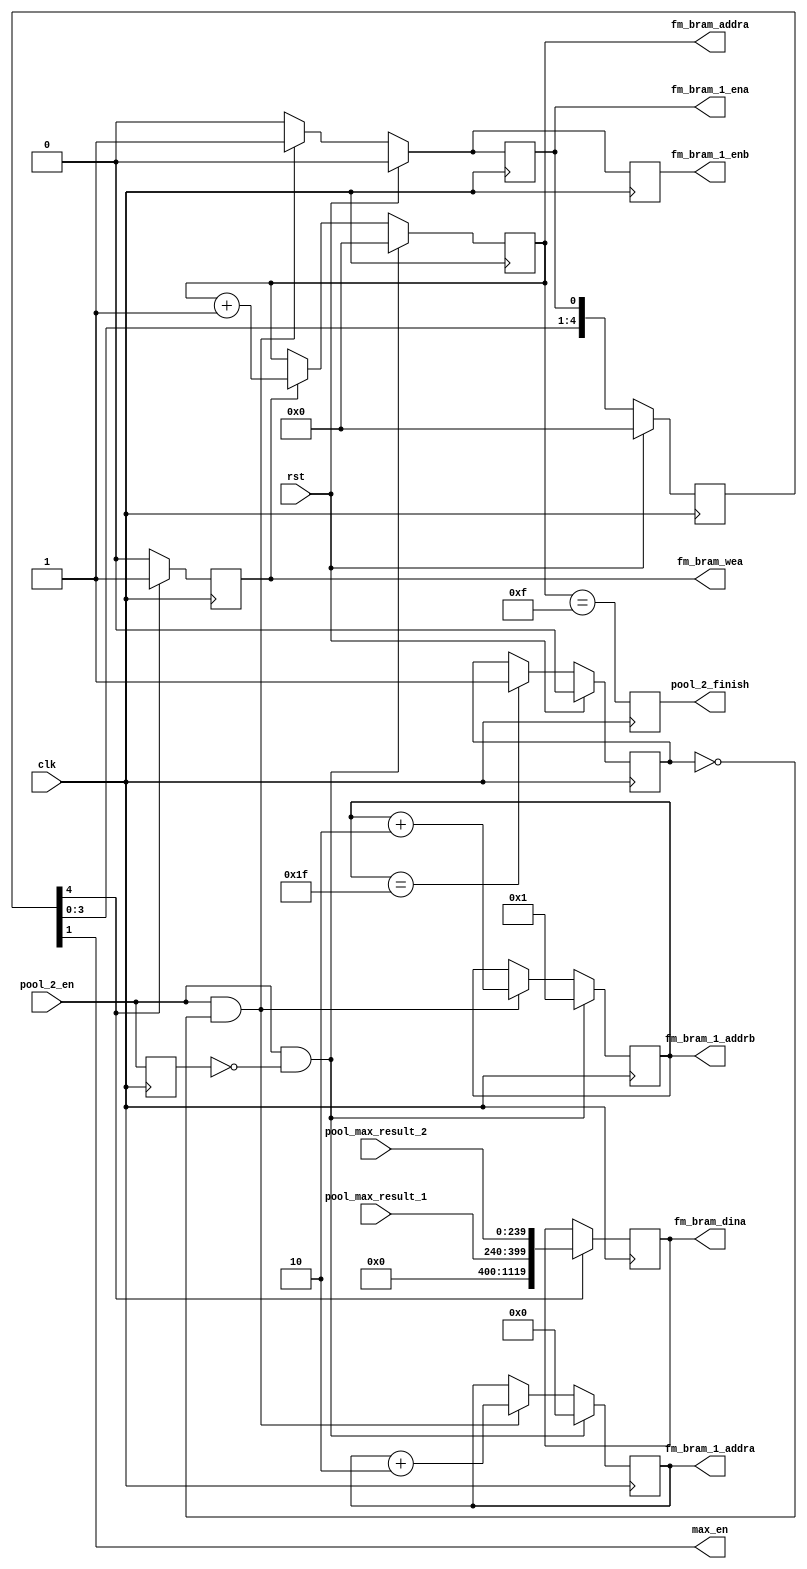
`timescale 1ns / 1ps
//////////////////////////////////////////////////////////////////////////////////
// Company: 
// Engineer: 
// 
// Design Name: 
// Module Name: pool_2
// Project Name: 
// Target Devices: 
// Tool Versions: 
// Description: 
// 
// Dependencies: 
// 
// Revision:
// Revision 0.01 - File Created
// Additional Comments:
// 
//////////////////////////////////////////////////////////////////////////////////


module pool_2(
input clk,
input rst,
input pool_2_en,
input [10 * 16 - 1 : 0] pool_max_result_1,
input [15 * 16 - 1 : 0] pool_max_result_2,
output max_en,
output reg fm_bram_1_ena,//read
output reg fm_bram_1_enb,
output reg [6 : 0] fm_bram_1_addra,
output reg [6 : 0] fm_bram_1_addrb,
output reg fm_bram_wea,
//output reg fm_bram_web,
output reg [4 : 0] fm_bram_addra,
//output reg [4 : 0] fm_bram_addrb,
output reg [70 * 16 - 1 : 0] fm_bram_dina,
//output reg [70 * 16 - 1 : 0] fm_bram_dinb,
output reg pool_2_finish
    );

reg finish;
reg pool_2_en_d;
reg  [4 : 0] result_vld;
wire pool_2_en_p;

assign max_en = result_vld[1];

always @ (posedge clk)
    pool_2_finish <= (fm_bram_addra == 15);

always @ (posedge clk)
    pool_2_en_d <= pool_2_en;
assign pool_2_en_p = pool_2_en & ~pool_2_en_d;

always @ (posedge clk)
begin
    if (rst)
        finish <= 0;
    else if (fm_bram_1_addrb == 31)
        finish <= 1;
end

always @ (posedge clk)
begin
    if (rst)
        result_vld <= 0;
    else 
        result_vld <= {result_vld[3:0],fm_bram_1_ena};
end

always @ (posedge clk)
begin
    if (rst) begin
        fm_bram_1_ena <= 0;
        fm_bram_1_enb <= 0;
    end    
    else if (pool_2_en && ~finish) begin
        fm_bram_1_ena <= 1;
        fm_bram_1_enb <= 1;
    end    
    else begin
        fm_bram_1_ena <= 0;
        fm_bram_1_enb <= 0;
    end
end

always @ (posedge clk)
begin
    if (pool_2_en_p) begin
        fm_bram_1_addra <= 0;
        fm_bram_1_addrb <= 1;
    end
    else if (pool_2_en && ~finish) begin
        fm_bram_1_addra <= fm_bram_1_addra + 2;
        fm_bram_1_addrb <= fm_bram_1_addrb + 2;
    end
end

always @ (posedge clk)
begin
    if (result_vld[4]) begin
        fm_bram_wea <= 1;
    end
    else fm_bram_wea <= 0;
end

always @ (posedge clk)
begin
    if (pool_2_en_p)
        fm_bram_addra <= 0;
    else if (fm_bram_wea)
        fm_bram_addra <= fm_bram_addra + 1;
end

always @ (posedge clk)
begin
    if (result_vld[4])
        fm_bram_dina <= {720'h0,pool_max_result_1, pool_max_result_2};
end

endmodule